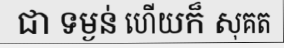
ជា ទម្ងន់ ហើយក៏ សុគត